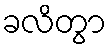
ခလိတွာ